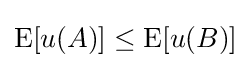
\operatorname {E} [u(A)]\leq \operatorname {E} [u(B)]